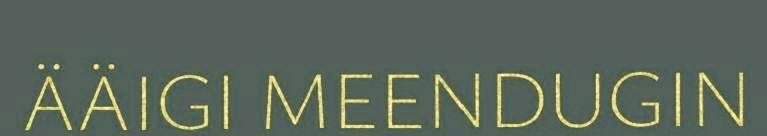
ÄÄIGI MEENDUGIN